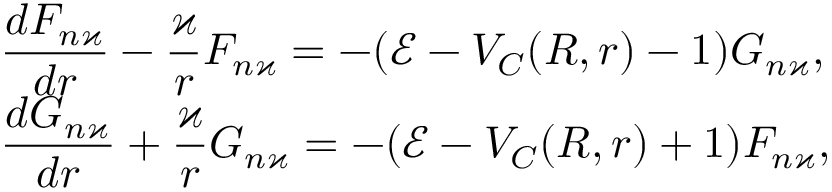
\begin{array} { l } { \displaystyle \frac { d F _ { n \varkappa } } { d r } - \frac { \varkappa } { r } F _ { n \varkappa } = - ( \mathcal { E } - V _ { C } ( R , r ) - 1 ) G _ { n \varkappa } , } \\ { \displaystyle \frac { d G _ { n \varkappa } } { d r } + \frac { \varkappa } { r } G _ { n \varkappa } = - ( \mathcal { E } - V _ { C } ( R , r ) + 1 ) F _ { n \varkappa } , } \end{array}